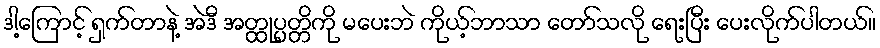
ဒါ့ကြောင့် ရှက်တာနဲ့ အဲဒီ အတ္ထုပ္ပတ္တိကို မပေးဘဲ ကိုယ့်ဘာသာ တော်သလို ရေးပြီး ပေးလိုက်ပါတယ်။